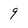
Character: 9